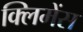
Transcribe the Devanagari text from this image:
क्लिमेंस